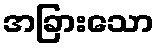
အခြားသော